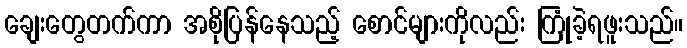
ချေးတွေတက်ကာ အစိုပြန်နေသည့် စောင်များကိုလည်း ကြုံခဲ့ရဖူးသည်။